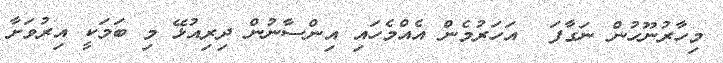
މިހާރުނޫހުން ނަގާފަ  އަހަރުމެން އެއްމެހައި އިންސާނުން ދިރިއުޅޭ މި ބަމަކީ އިރުވަށާ